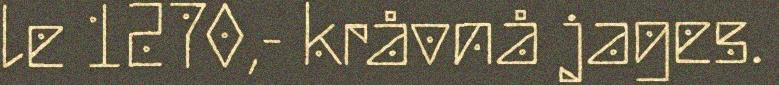
le 1270,- kråvnå jages.